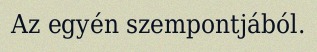
Az egyén szempontjából.